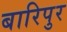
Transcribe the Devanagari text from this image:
बारिपुर